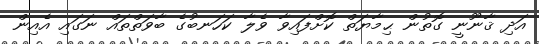
އަދި ޤާނޫނީ ގޮތުން ޙިމާޔަތް ކޮށްފައިވާ ވެލާ ކަހަނބުގެ ބާވަތްތައް ނަގައި އެއިން